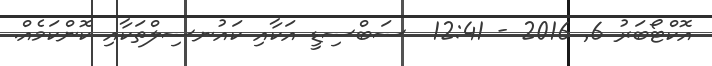
އޮކްޓޯބަރު 6